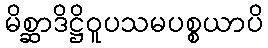
မိစ္ဆာဒိဋ္ဌိဝူပသမပစ္စယာပိ